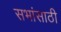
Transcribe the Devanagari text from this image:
सभांसाठी